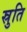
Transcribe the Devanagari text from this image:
स्रुति